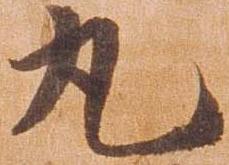
丸